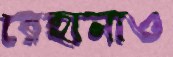
রেহানাও